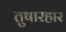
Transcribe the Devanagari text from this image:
तुषारहार